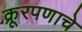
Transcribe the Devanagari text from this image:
क्रूरपणाचे